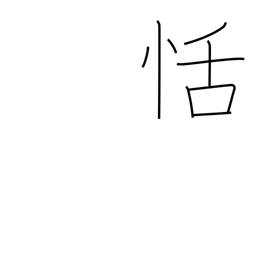
Meaning: composure